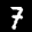
Label: 7